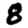
Digit: 8